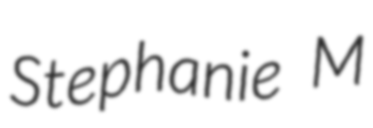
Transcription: Stephanie M